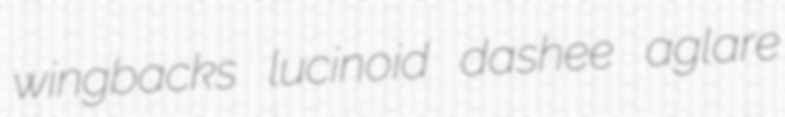
wingbacks lucinoid dashee aglare